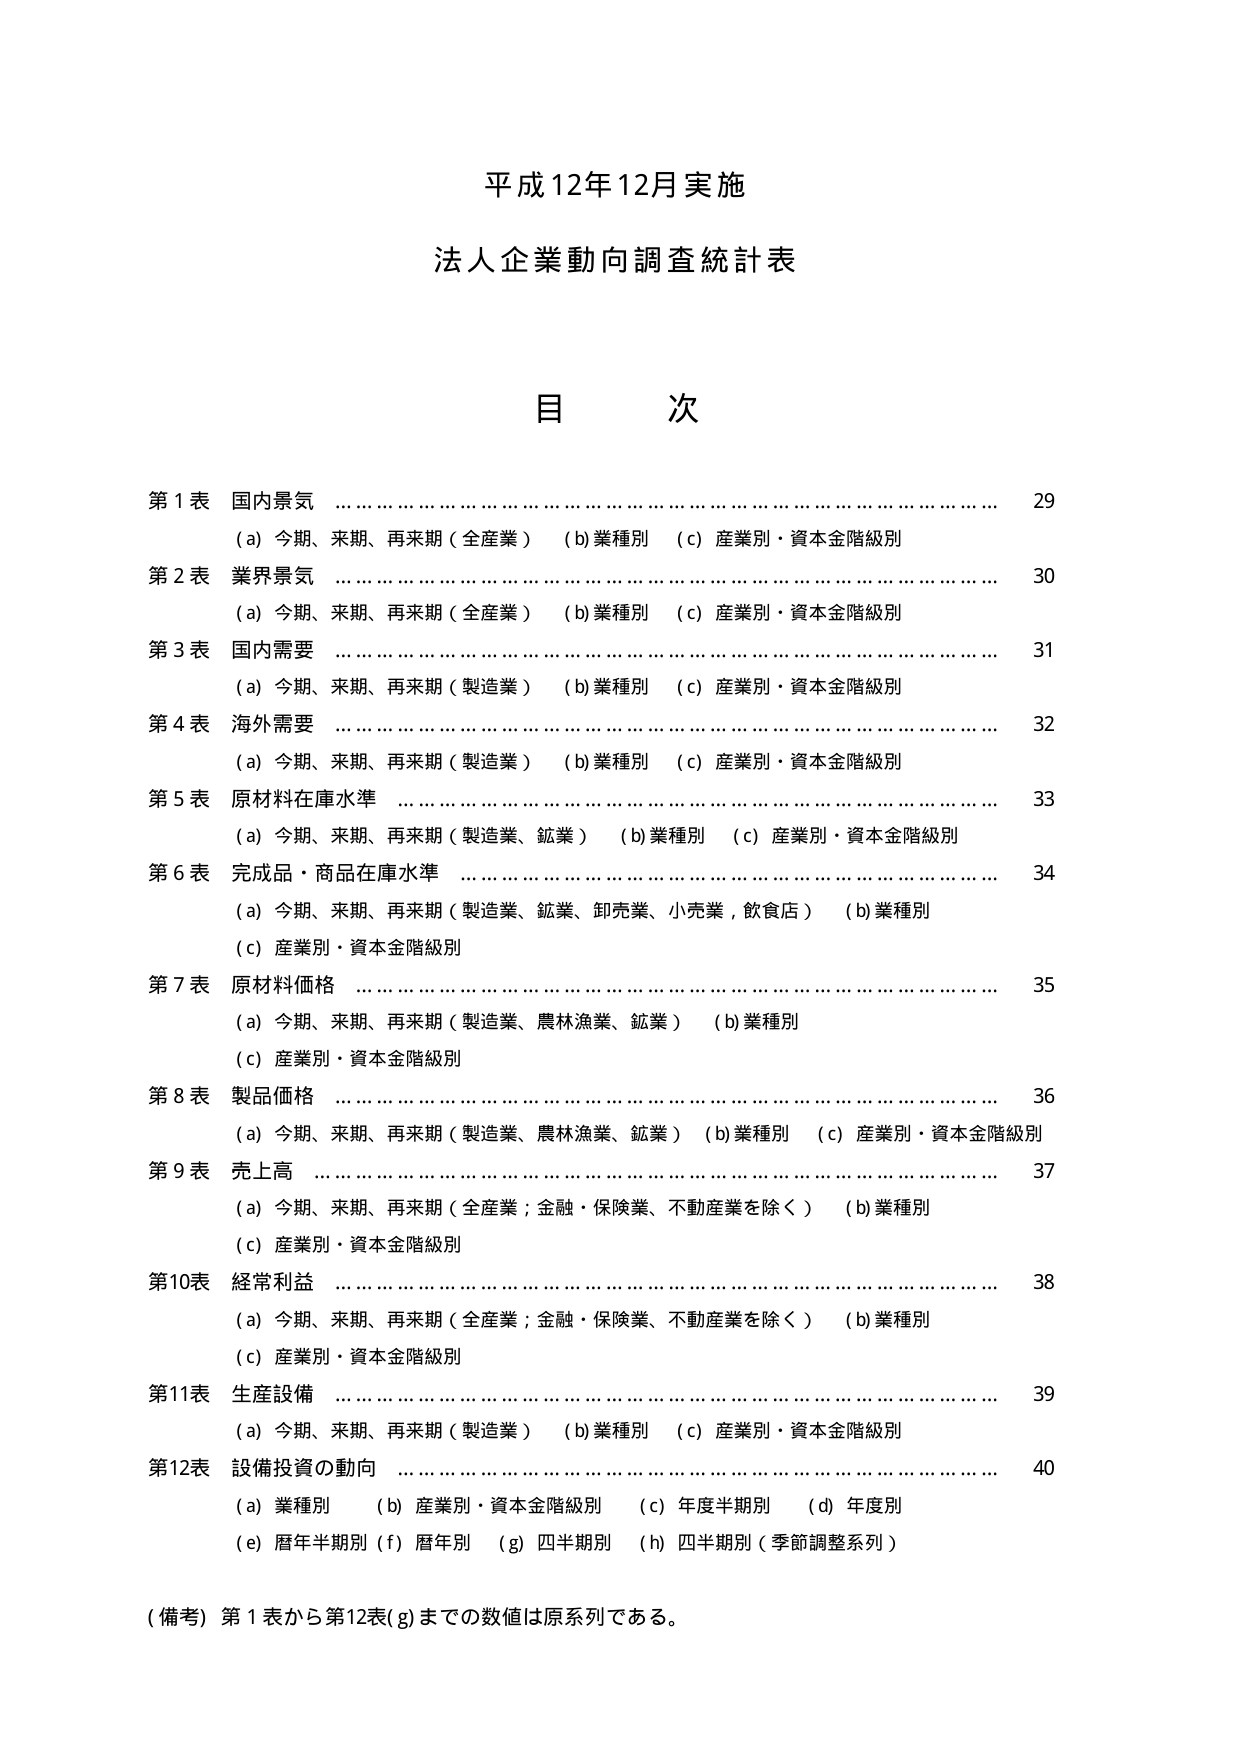
平成12年12月実施
法人企業動向調査統計表

目 次

第1表 国内景気 ……………………………………………………………… 29
　　(a) 今期、来期、再来期（全産業）　(b)業種別　(c)産業別・資本金階級別

第2表 業界景気 ……………………………………………………………… 30
　　(a) 今期、来期、再来期（全産業）　(b)業種別　(c)産業別・資本金階級別

第3表 国内需要 ……………………………………………………………… 31
　　(a) 今期、来期、再来期（製造業）　(b)業種別　(c)産業別・資本金階級別

第4表 海外需要 ……………………………………………………………… 32
　　(a) 今期、来期、再来期（製造業）　(b)業種別　(c)産業別・資本金階級別

第5表 原材料在庫水準 ……………………………………………………… 33
　　(a) 今期、来期、再来期（製造業、鉱業）　(b)業種別　(c)産業別・資本金階級別

第6表 完成品・商品在庫水準 ……………………………………………… 34
　　(a) 今期、来期、再来期（製造業、鉱業、卸売業、小売業、飲食店）　(b)業種別
　　(c)産業別・資本金階級別

第7表 原材料価格 …………………………………………………………… 35
　　(a) 今期、来期、再来期（製造業、農林漁業、鉱業）　(b)業種別
　　(c)産業別・資本金階級別

第8表 製品価格 ……………………………………………………………… 36
　　(a) 今期、来期、再来期（製造業、農林漁業、鉱業）　(b)業種別　(c)産業別・資本金階級別

第9表 売上高 ……………………………………………………………… 37
　　(a) 今期、来期、再来期（全産業；金融・保険業、不動産業を除く）　(b)業種別
　　(c)産業別・資本金階級別

第10表 経常利益 …………………………………………………………… 38
　　(a) 今期、来期、再来期（全産業；金融・保険業、不動産業を除く）　(b)業種別
　　(c)産業別・資本金階級別

第11表 生産設備 …………………………………………………………… 39
　　(a) 今期、来期、再来期（製造業）　(b)業種別　(c)産業別・資本金階級別

第12表 設備投資の動向 …………………………………………………… 40
　　(a)業種別　(b)産業別・資本金階級別　(c)年度半期別　(d)年度別
　　(e)暦年半期別　(f)暦年別　(g)四半期別　(h)四半期別（季節調整系列）

（備考）第1表から第12表(g)までの数値は原系列である。